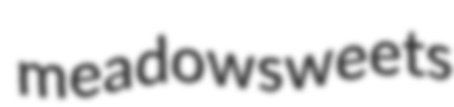
meadowsweets